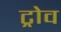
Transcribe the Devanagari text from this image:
ट्रोव